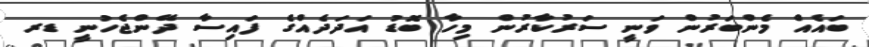
ބައެއް މެންބަރުން ވަނީ ސަރުކާރުން މިހާ ބޮޑު އަދަދެއްގެ ފައިސާ ދޭންޖެހުނީ ޑރ